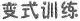
变式训练